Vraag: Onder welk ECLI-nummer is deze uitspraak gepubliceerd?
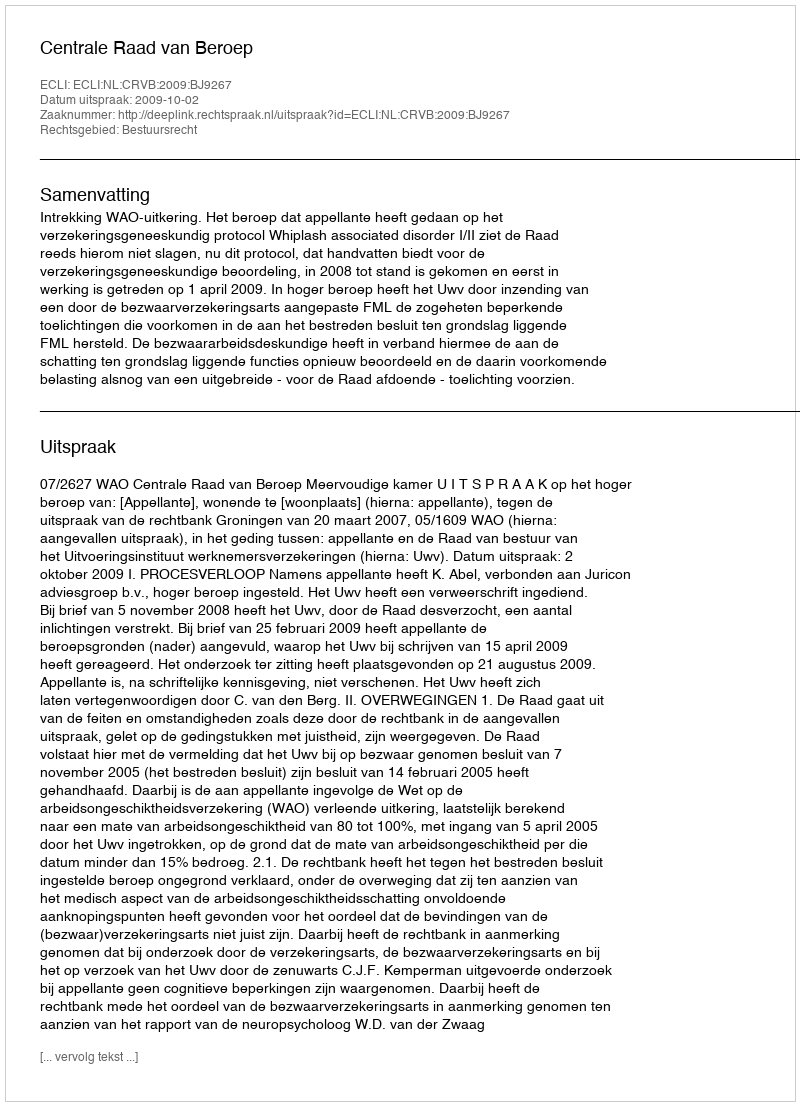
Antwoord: ECLI:NL:CRVB:2009:BJ9267